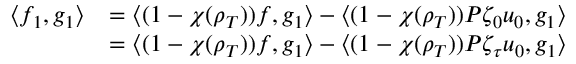
\begin{array} { r l } { \langle f _ { 1 } , g _ { 1 } \rangle } & { = \langle ( 1 - \chi ( \rho _ { T } ) ) f , g _ { 1 } \rangle - \langle ( 1 - \chi ( \rho _ { T } ) ) P \zeta _ { 0 } u _ { 0 } , g _ { 1 } \rangle } \\ & { = \langle ( 1 - \chi ( \rho _ { T } ) ) f , g _ { 1 } \rangle - \langle ( 1 - \chi ( \rho _ { T } ) ) P \zeta _ { \tau } u _ { 0 } , g _ { 1 } \rangle } \end{array}